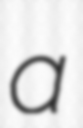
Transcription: a